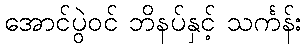
အောင်ပွဲဝင် ဘိနပ်နှင့် သင်္ကန်း